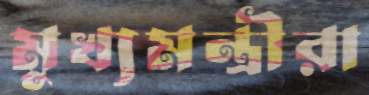
মুখ্যমন্ত্রীরা